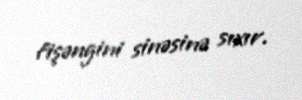
fişəngini sinəsinə sıxır.